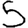
Digit: 5